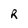
Character: R